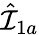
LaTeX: \hat{{\mathcal I}}_{1a}